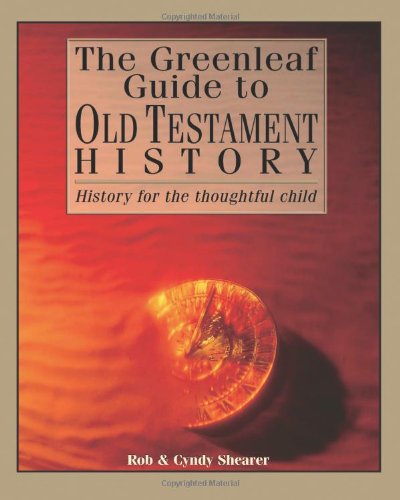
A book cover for The Greenleaf Guide To Old Testament History; Rob G. Shearer; Christian Books & Bibles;